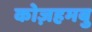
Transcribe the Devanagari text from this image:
कोज़हमबु